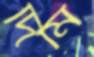
দিমি